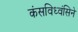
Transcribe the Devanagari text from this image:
कंसविध्वंसिने